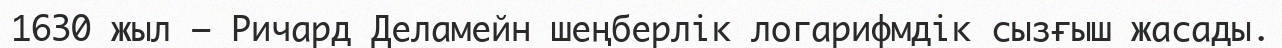
1630 жыл — Ричард Деламейн шеңберлік логарифмдік сызғыш жасады.